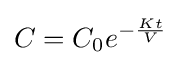
C=C_{0}e^{-{\frac {Kt}{V}}}